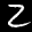
Label: 2